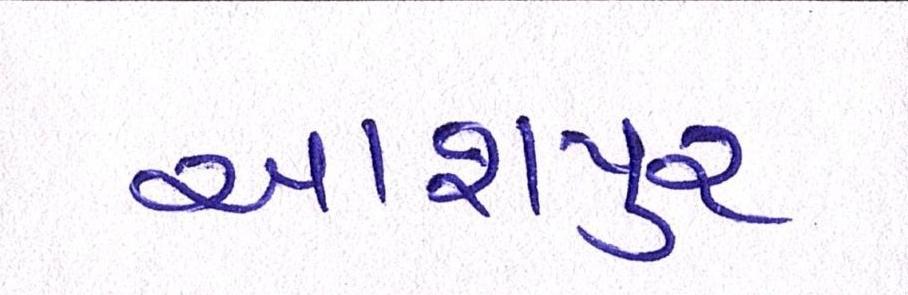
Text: આશપુર